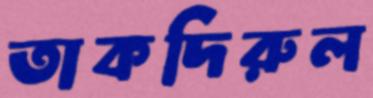
তাকদিরুল